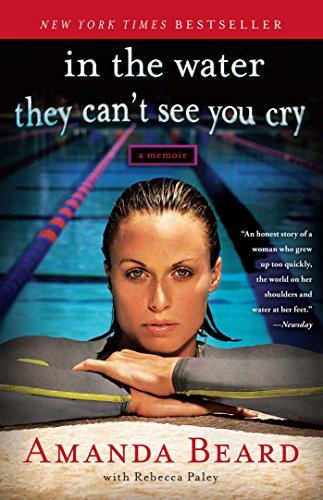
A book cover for In the Water They Can't See You Cry: A Memoir; Amanda Beard; Sports & Outdoors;